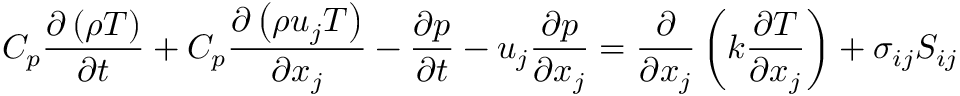
C _ { p } \frac { \partial \left( \rho T \right) } { \partial t } + C _ { p } \frac { \partial \left( \rho u _ { j } T \right) } { \partial x _ { j } } - \frac { \partial p } { \partial t } - u _ { j } \frac { \partial p } { \partial x _ { j } } = \frac { \partial } { \partial x _ { j } } \left( k \frac { \partial T } { \partial x _ { j } } \right) + \sigma _ { i j } S _ { i j }